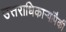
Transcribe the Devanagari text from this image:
उत्तराधिकाऱ्यांपैकी